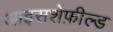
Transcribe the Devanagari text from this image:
आइसशेफ़ील्ड